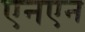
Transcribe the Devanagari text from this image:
एनएन